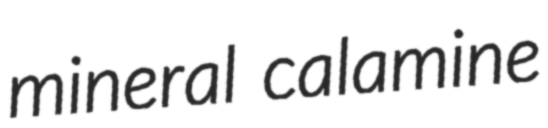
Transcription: mineral calamine